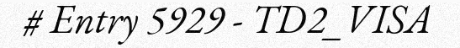
# Entry 5929 - TD2_VISA